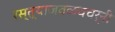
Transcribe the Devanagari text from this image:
रस्त्याजवळचचर्नी